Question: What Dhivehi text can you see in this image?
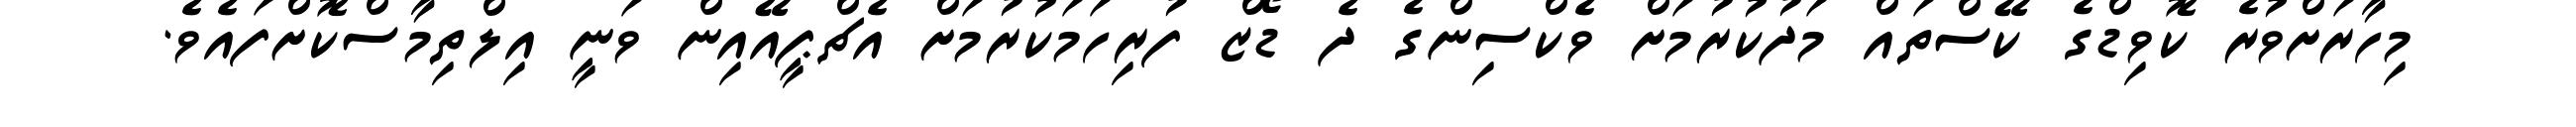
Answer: މިހާރަށްވުރެ ކޮވިޑްގެ ކޭސްތައް މަދުކުރުމަށް ވެކްސިންގެ ދެ ޑޯޒް ފުރިހަމަކުރުމަށް އެޗްޕީއޭއިން ވަނީ އިލްތިމާސްކޮށްފައެވެ.